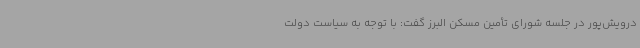
درویش‌پور در جلسه شورای تأمین مسکن البرز گفت: با توجه به سیاست دولت